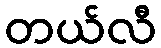
တယ်လီ